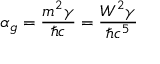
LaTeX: \alpha _ { g } = \frac { m ^ { 2 } \gamma } { \hbar c } = \frac { W ^ { 2 } \gamma } { \hbar c ^ { 5 } }